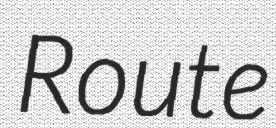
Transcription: Route